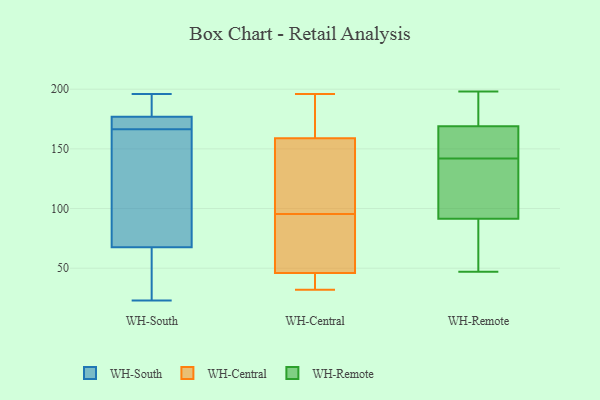
{"axis": {"x": "Conversion Rate (%)", "y": "Value"}, "legend": ["WH-Central", "WH-Remote", "WH-South"], "data": [{"x": "", "y": 173, "type": "WH-South"}, {"x": "", "y": 196, "type": "WH-South"}, {"x": "", "y": 53, "type": "WH-South"}, {"x": "", "y": 158, "type": "WH-South"}, {"x": "", "y": 23, "type": "WH-South"}, {"x": "", "y": 163, "type": "WH-South"}, {"x": "", "y": 56, "type": "WH-South"}, {"x": "", "y": 181, "type": "WH-South"}, {"x": "", "y": 173, "type": "WH-South"}, {"x": "", "y": 79, "type": "WH-South"}, {"x": "", "y": 185, "type": "WH-South"}, {"x": "", "y": 170, "type": "WH-South"}, {"x": "", "y": 32, "type": "WH-Central"}, {"x": "", "y": 66, "type": "WH-Central"}, {"x": "", "y": 196, "type": "WH-Central"}, {"x": "", "y": 159, "type": "WH-Central"}, {"x": "", "y": 153, "type": "WH-Central"}, {"x": "", "y": 194, "type": "WH-Central"}, {"x": "", "y": 125, "type": "WH-Central"}, {"x": "", "y": 36, "type": "WH-Central"}, {"x": "", "y": 159, "type": "WH-Central"}, {"x": "", "y": 47, "type": "WH-Central"}, {"x": "", "y": 45, "type": "WH-Central"}, {"x": "", "y": 62, "type": "WH-Central"}, {"x": "", "y": 148, "type": "WH-Remote"}, {"x": "", "y": 142, "type": "WH-Remote"}, {"x": "", "y": 70, "type": "WH-Remote"}, {"x": "", "y": 198, "type": "WH-Remote"}, {"x": "", "y": 134, "type": "WH-Remote"}, {"x": "", "y": 142, "type": "WH-Remote"}, {"x": "", "y": 166, "type": "WH-Remote"}, {"x": "", "y": 177, "type": "WH-Remote"}, {"x": "", "y": 99, "type": "WH-Remote"}, {"x": "", "y": 47, "type": "WH-Remote"}, {"x": "", "y": 69, "type": "WH-Remote"}, {"x": "", "y": 172, "type": "WH-Remote"}, {"x": "", "y": 94, "type": "WH-Remote"}, {"x": "", "y": 149, "type": "WH-Remote"}, {"x": "", "y": 89, "type": "WH-Remote"}, {"x": "", "y": 184, "type": "WH-Remote"}]}